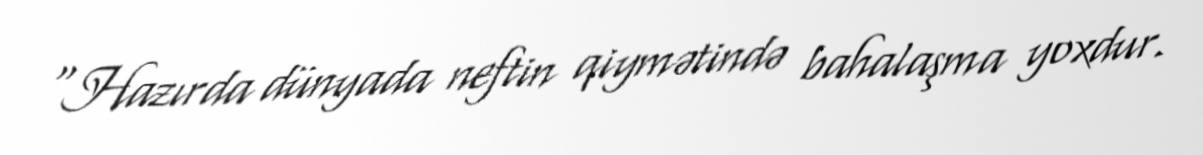
“Hazırda dünyada neftin qiymətində bahalaşma yoxdur.